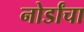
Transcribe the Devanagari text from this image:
नोर्डांचा